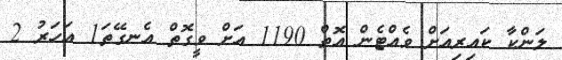
ލަންކާ ކައިރިއަށް ވެއްޓެން އޮތް 1190 އަށް ވީގޮތް އެނގޭތަ1 އަހަރު 2